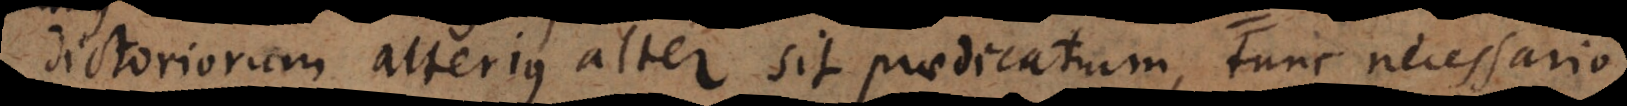
dictoriorum alterius alter sit praedicatum, tunc necessario